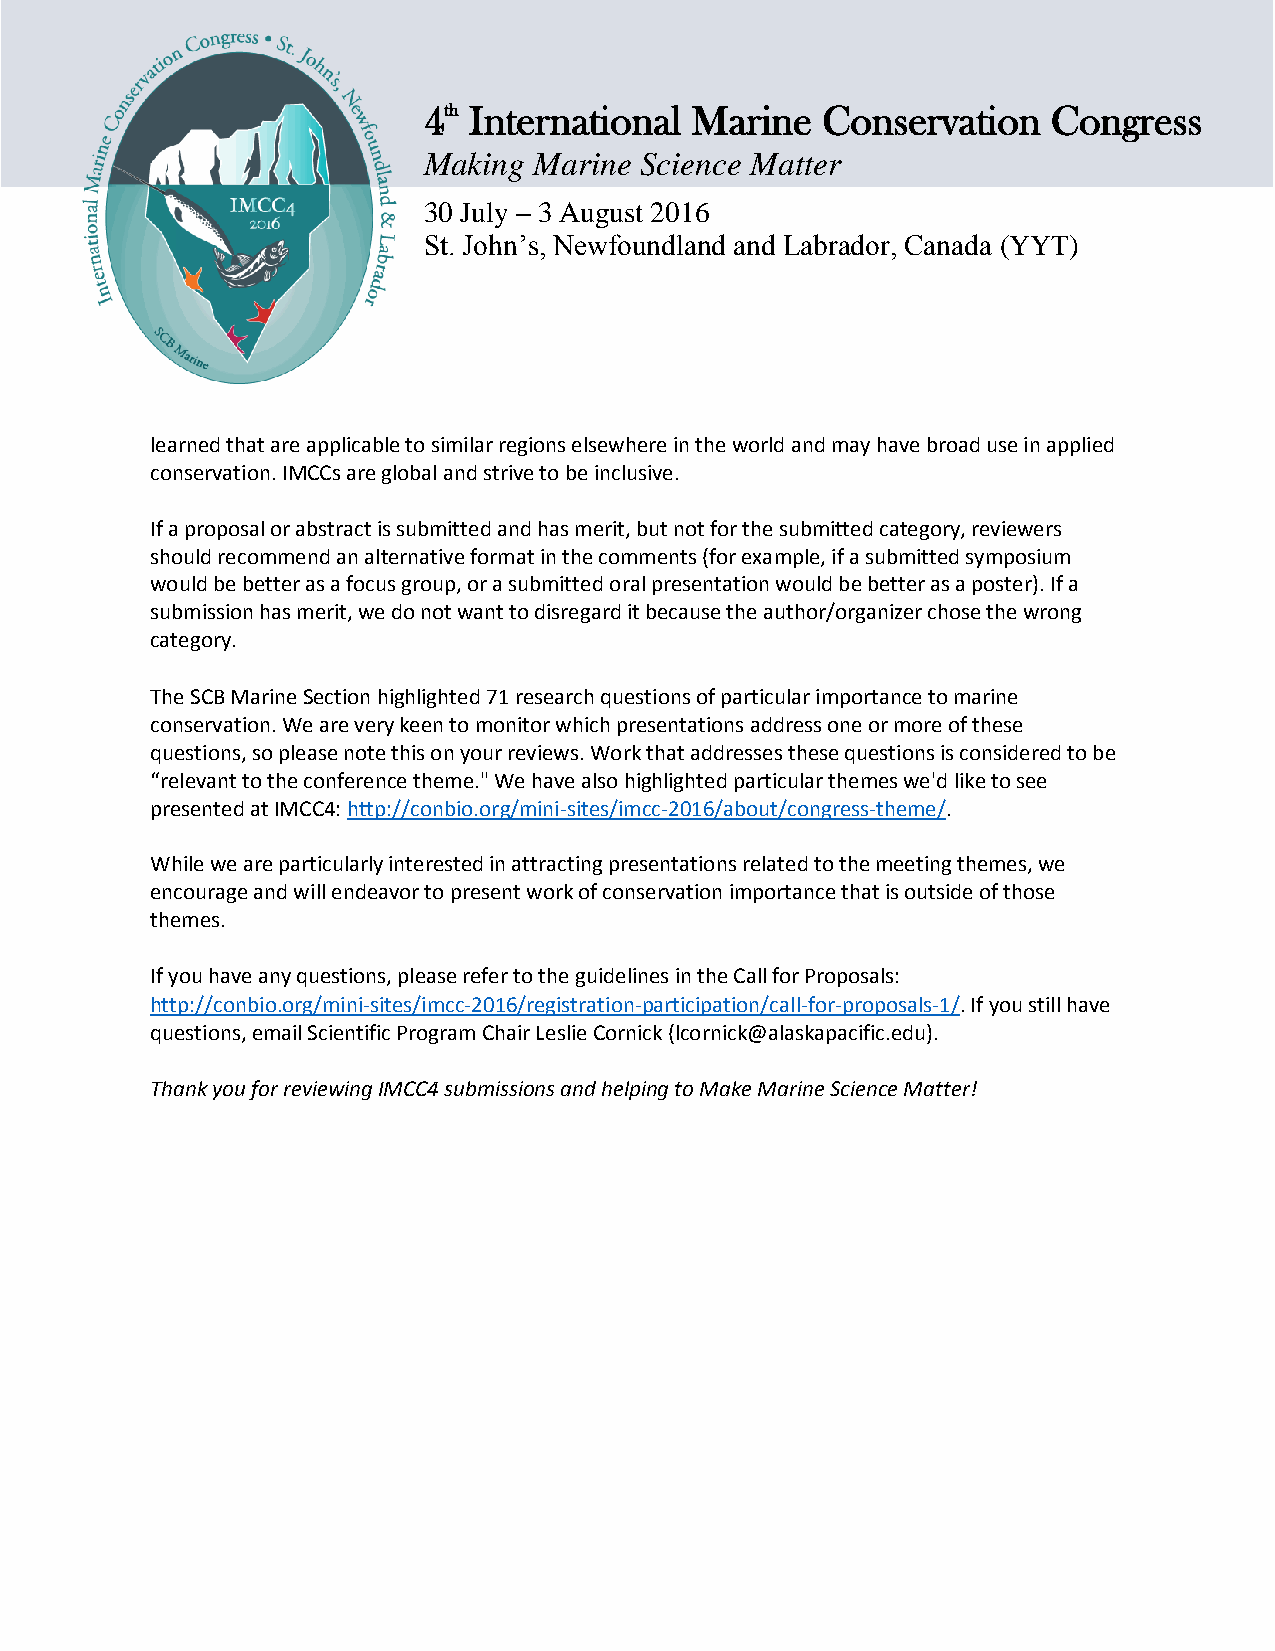
4th International Marine  Conservation    Congress
 Making Marine Science Matter
 30 July – 3 August 2016
 St. John’s, Newfoundland and Labrador, Canada (YYT)
 learned that are applicable to similar regions elsewhere in the world and may have broad use in applied
 conservation. IMCCs are global and strive to be inclusive.
 If a proposal or abstract is submitted and has merit, but not for the submitted category, reviewers
 should recommend an alternative format in the comments (for example, if a submitted symposium
 would be better as a focus group, or a submitted oral presentation would be better as a poster). If a
 submission has merit, we do not want to disregard it because the author/organizer chose the wrong
 category.
 The SCB Marine Section highlighted 71 research questions of particular importance to marine
 conservation. We are very keen to monitor which presentations address one or more of these
 questions, so please note this on your reviews. Work that addresses these questions is considered to be
 “relevant to the conference theme." We have also highlighted particular themes we'd like to see
 presented at IMCC4: http://conbio.org/mini-sites/imcc-2016/about/congress-theme/.
 While we are particularly interested in attracting presentations related to the meeting themes, we
 encourage and will endeavor to present work of conservation importance that is outside of those
 themes.
 If you have any questions, please refer to the guidelines in the Call for Proposals:
 http://conbio.org/mini-sites/imcc-2016/registration-participation/call-for-proposals-1/. If you still have
 questions, email Scientific Program Chair Leslie Cornick (lcornick@alaskapacific.edu).
 Thank you for reviewing IMCC4 submissions and helping to Make Marine Science Matter!